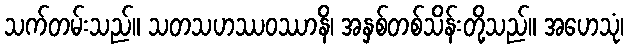
သက်တမ်းသည်။ သတသဟဿဝဿာနိ၊ အနှစ်တစ်သိန်းတို့သည်။ အဟေသုံ၊